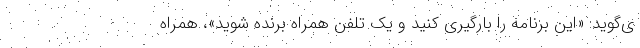
ی‌گوید: «این برنامه را بارگیری کنید و یک تلفن همراه برنده شوید»، همراه